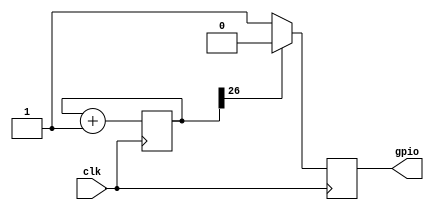
module gpio_test (
	input  				clk,
	output reg 			gpio
);
reg [26:0] counter;

always @ (posedge clk) begin
	if (counter[26] == 1'b1)
		gpio <= 1'b0;
	else begin
		gpio <= 1'b1;
	end
	counter <= counter + 1'b1;
end
endmodule